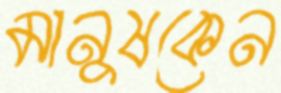
মানুষকেন